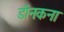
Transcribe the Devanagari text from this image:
डोंनकना